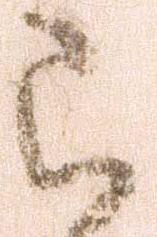
被